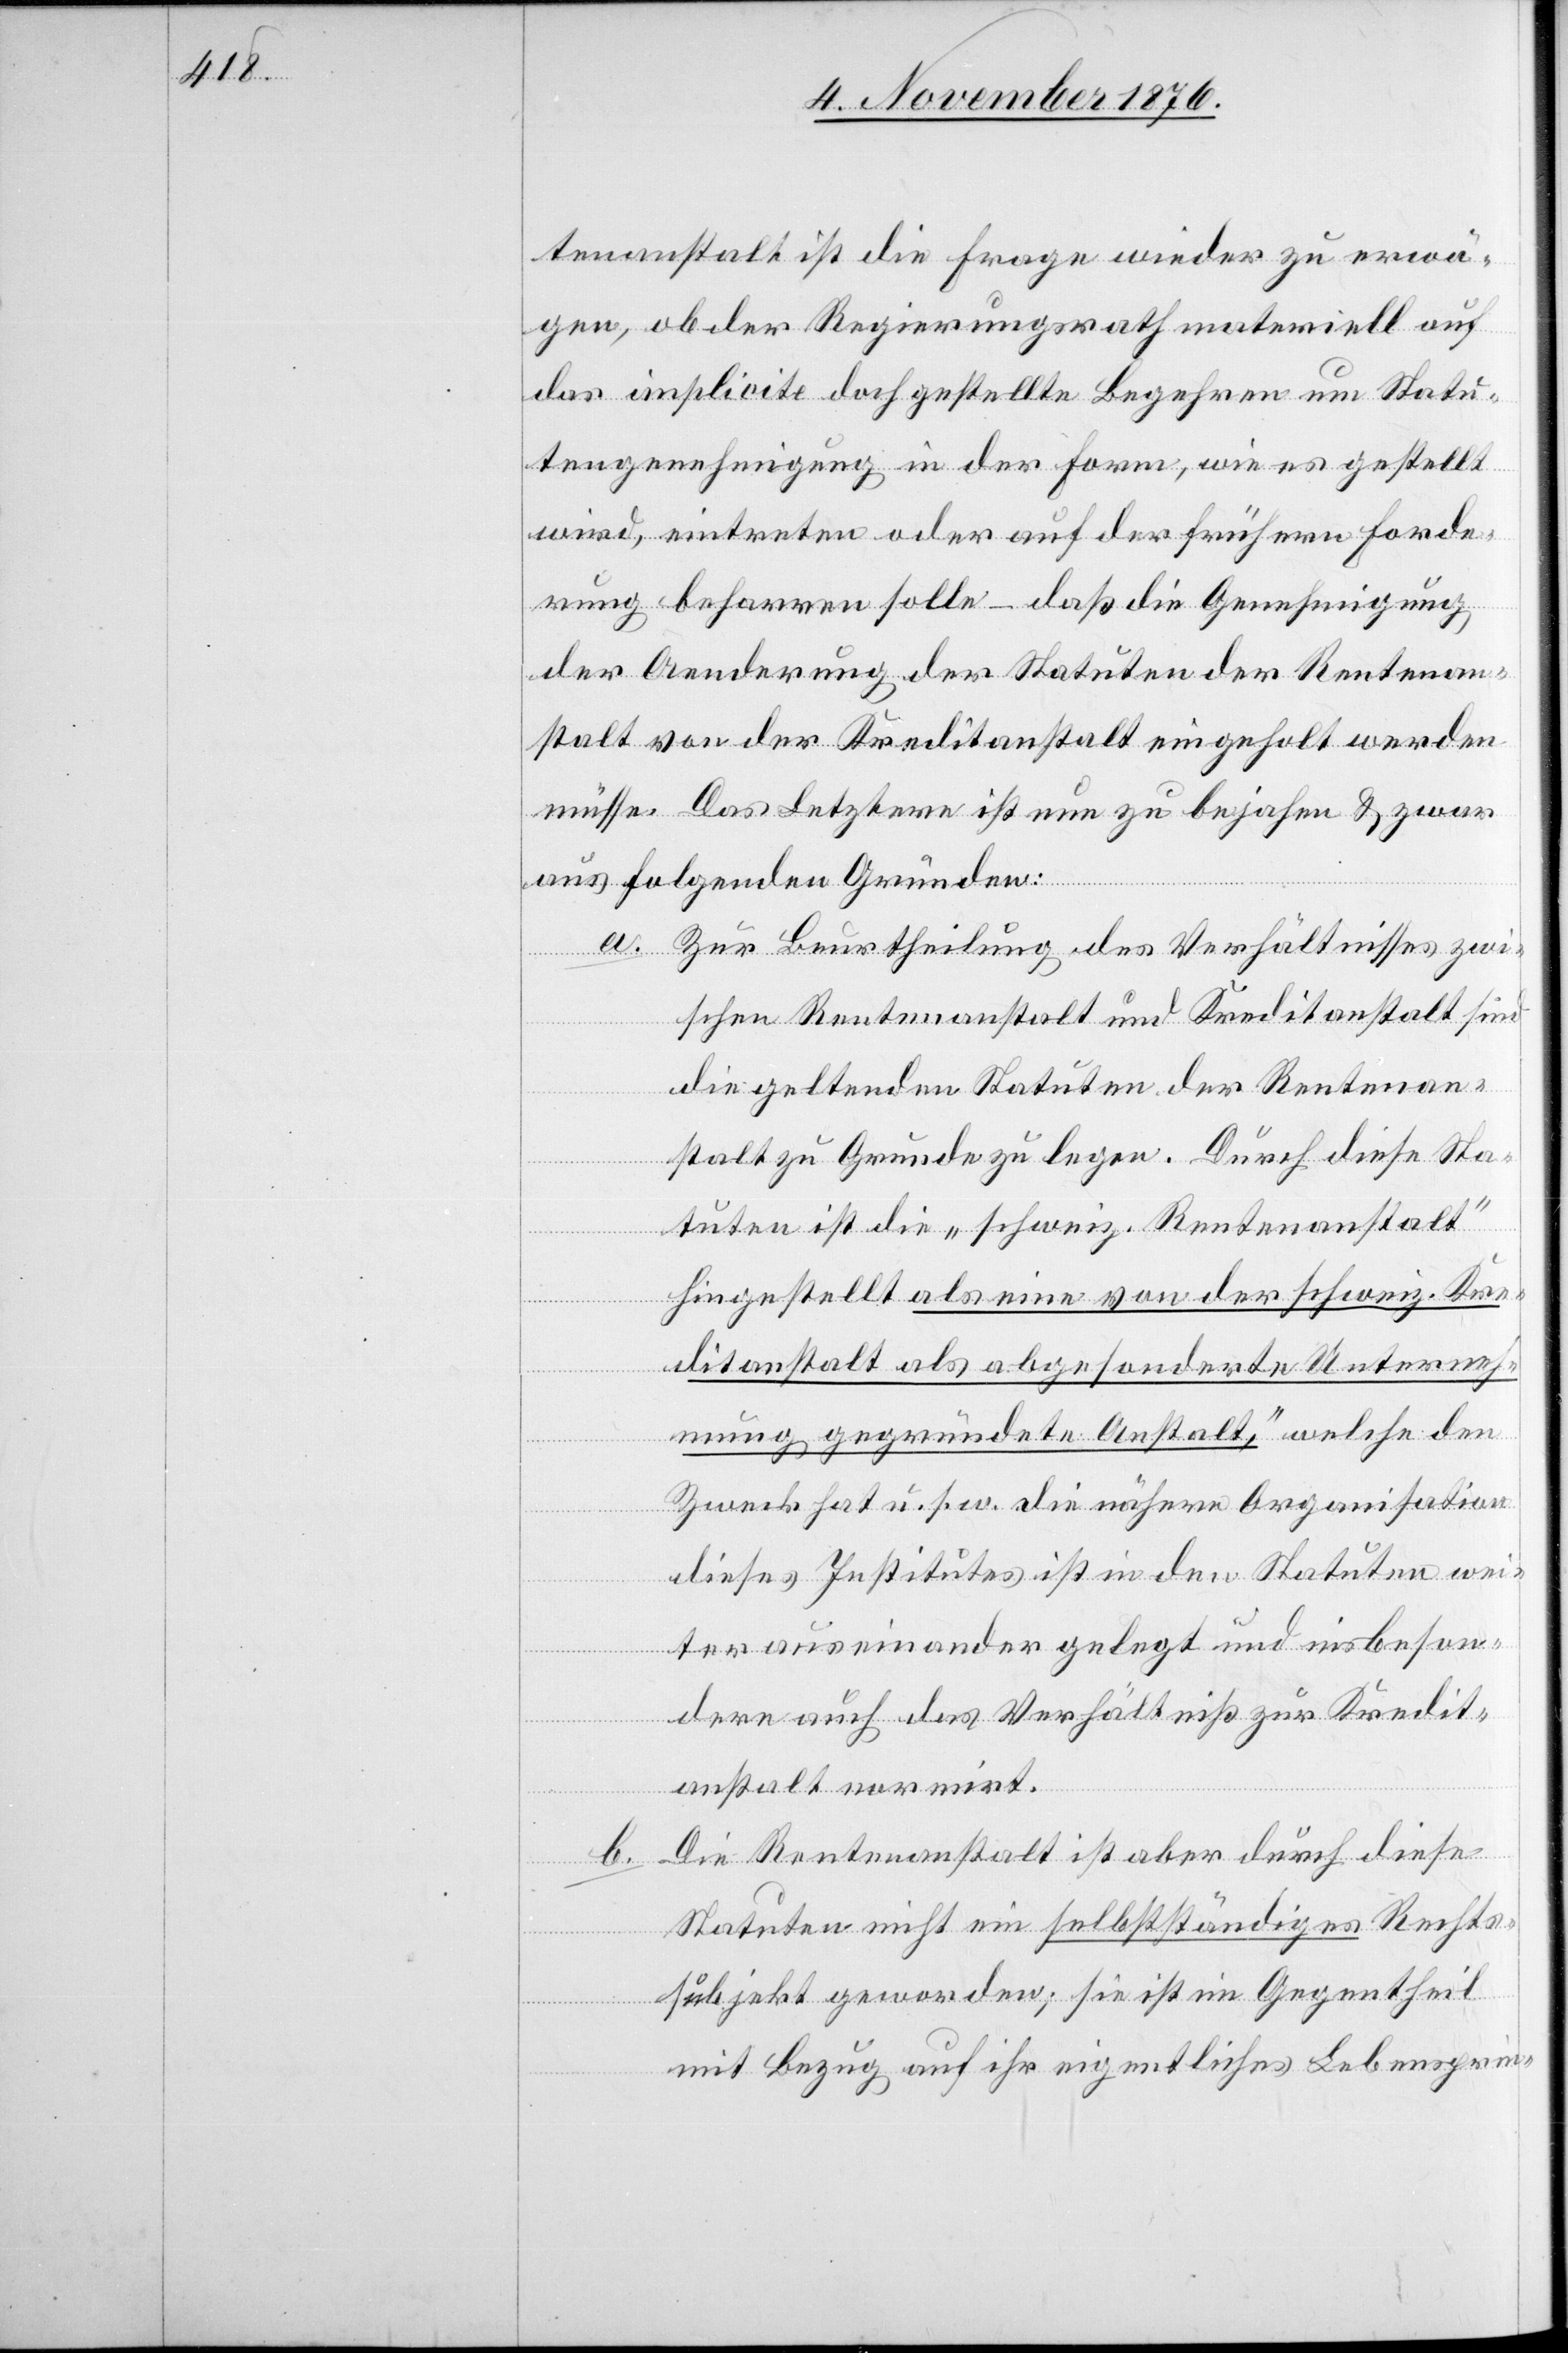
tenanstalt ist die Frage wieder zu erwä¬
gen, ob der Regierungsrath materiell auf
das implicite doch gestellte Begehren um Statu¬
tengenehmigung in der Form, wie es gestellt
wird, eintreten oder auf der frühern Forde¬
rung beharren solle – daß die Genehmigung
der Aenderung der Statuten der Rentenan¬
stalt von der Kreditanstalt eingeholt werden
müsse. Das Letztere ist nun zu bejahen & zwar
aus folgenden Gründen:
a. Zur Beurtheilung des Verhältnisses zwi¬
schen Rentenanstalt und Kreditanstalt sind
die geltenden Statuten der Rentenan¬
stalt zu Grunde zu legen. Durch diese Sta¬
tuten ist die „schweiz. Rentenanstalt“
hingestellt „als eine von der schweiz. Kre¬
ditanstalt als abgesonderte Unterneh¬
mung gegründete Anstalt,“ welche den
Zweck hat u. s. w. die nähere Organisation
dieses Institutes ist in den Statuten wei¬
ter auseinander gelegt und insbeson¬
dere auch das Verhältniß zur Kredit¬
anstalt normirt.
b. Die Rentenanstalt ist aber durch diese
Statuten nicht ein selbstständiges Rechts¬
subjekt geworden; sie ist im Gegentheil
mit Bezug auf ihr eigentliches Lebensprin-